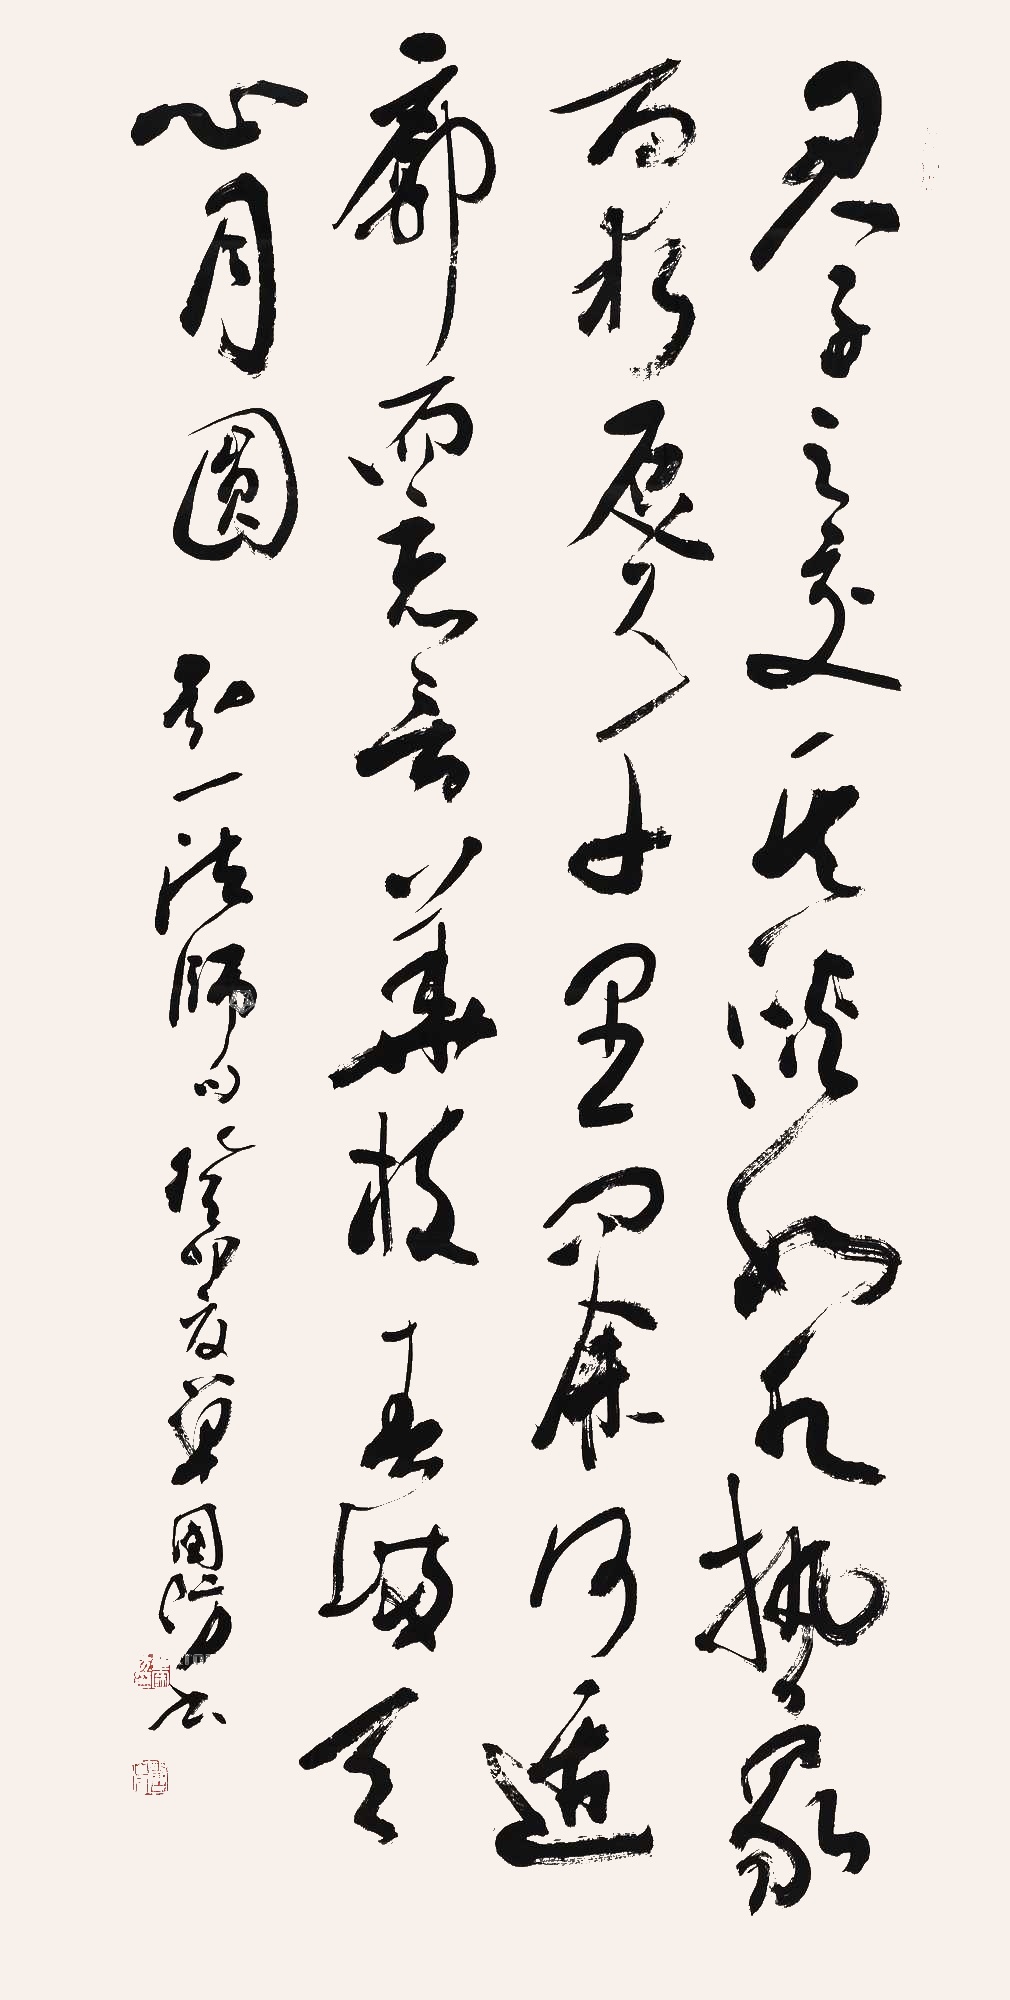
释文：君子之交，其淡如水。执象而求，咫尺千里。问余何适，廓尔忘言。花枝春满，天心月圆。弘一法师句。癸卯夏，单国防书。